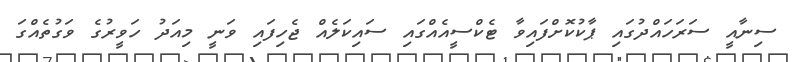
ސިނާއީ ސަރަހައްދުގައި ޕާކުކޮށްފައިވާ ޓެކްސީއެއްގައި ސައިކަލެއް ޖެހިފައި ވަނީ މިއަދު ހަވީރުގެ ވަގުތެއްގަ